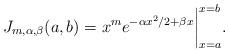
LaTeX: \begin{align*} J_{m, \alpha, \beta}(a, b) = x^me^{-\alpha x^2/2 + \beta x}\bigg|_{x = a}^{x = b}.\end{align*}